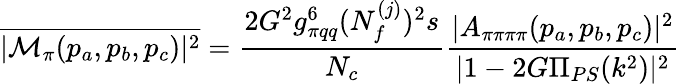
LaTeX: \overline{{{|{\cal M}_{\pi}(p_{a},p_{b},p_{c})|^{2}}}}=\frac{2G^{2}g_{\pi qq}^{6}(N_{f}^{(j)})^{2}s}{N_{c}}\frac{|A_{\pi\pi\pi\pi}(p_{a},p_{b},p_{c})|^{2}}{|1-2G\Pi_{PS}(k^{2})|^{2}}